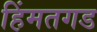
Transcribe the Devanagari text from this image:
हिंमतगड